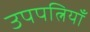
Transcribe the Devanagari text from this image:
उपपत्नियाँ